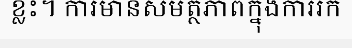
ខ្លះ។ ការមានសមត្ថភាពក្នុងការរក